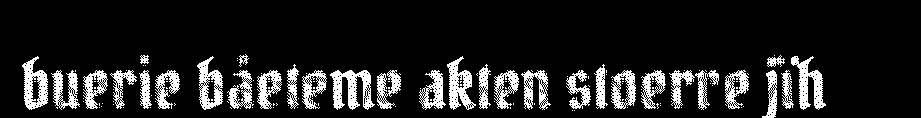
buerie båeteme akten stoerre jïh